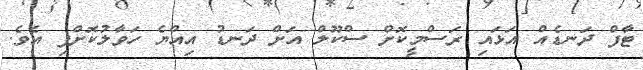
ޓާފް ދަނޑެއް އަަޅައި ރަސްމީކޮށް ސްކޫލް އަށް ދަނޑު އިއްޔެ ހަވާލުކޮށްފި އެވެ.